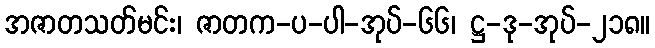
အဇာတသတ်မင်း၊ ဇာတက-ပ-ပါ-အုပ်-၆၆၊ ဋ္ဌ-ဒု-အုပ်-၂၁၈။